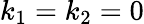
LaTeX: k_{1}=k_{2}=0